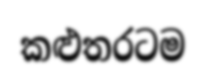
කළුතරටම